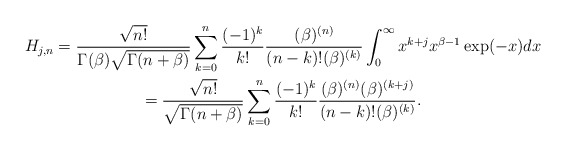
\begin{gather*}H_{j,n}=\frac{\sqrt{n!}}{\Gamma (\beta )\sqrt{\Gamma (n+\beta )}}\sum_{k=0}^{n}\frac{(-1)^{k}}{k!}\frac{(\beta )^{(n)}}{(n-k)!(\beta )^{(k)}}\int_{0}^{\infty }x^{k+j}x^{\beta -1}\exp (-x)dx \\=\frac{\sqrt{n!}}{\sqrt{\Gamma (n+\beta )}}\sum_{k=0}^{n}\frac{(-1)^{k}}{k!}\frac{(\beta )^{(n)}(\beta )^{(k+j)}}{(n-k)!(\beta )^{(k)}}.\end{gather*}